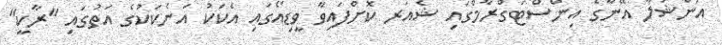
އަންޝުލާ އޭނާގެ އިންސްޓަގްރާމްގައި ޝެއަރ ކޮށްފައިވާ ވީޑިއޯގައި އެކަކު އަނެކަކުގެ އަތުގައި "ރާކީ"